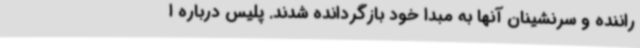
راننده و سرنشینان آنها به مبدا خود بازگردانده شدند. پلیس درباره ا